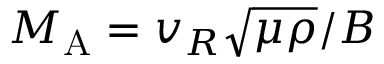
M _ { \mathrm { A } } = v _ { R } \sqrt { \mu \rho } / B